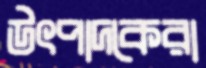
উৎপাদকেরা